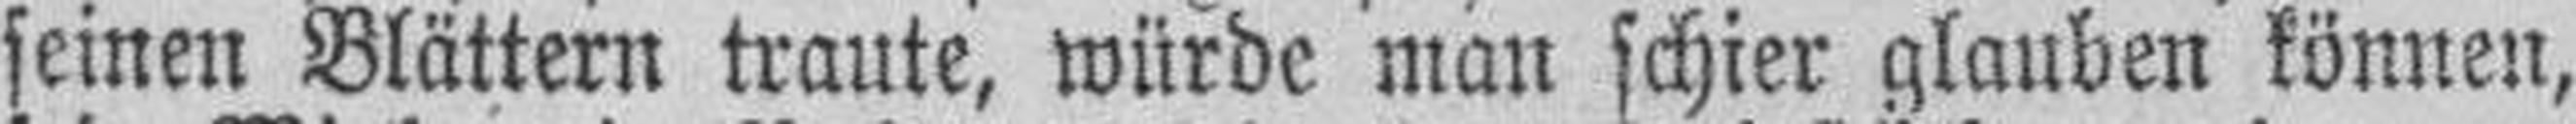
seinen Blättern traute, würde man schier glauben können,